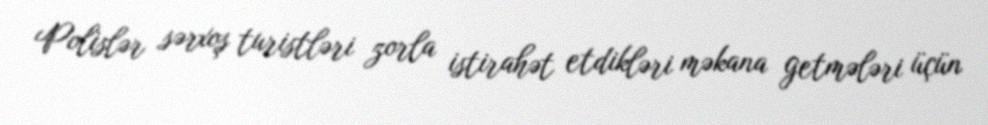
Polislər sərxoş turistləri zorla istirahət etdikləri məkana getmələri üçün